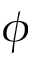
\phi